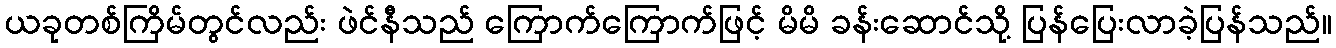
ယခုတစ်ကြိမ်တွင်လည်း ဖဲင်နီသည် ကြောက်ကြောက်ဖြင့် မိမိ ခန်းဆောင်သို့ ပြန်ပြေးလာခဲ့ပြန်သည်။